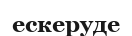
ескеруде